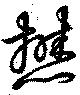
懋